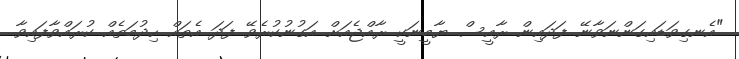
"އެނގިވަޑައިގަންނަވާނޭ ފަދައިން ރާއީސް ޔާމީނަކީ ރާއްޖެއަށް އަގުނުކުރެވޭ ފަދަ އެތައް ހިދުމަތެއް ކުރައްވާފައިވާ